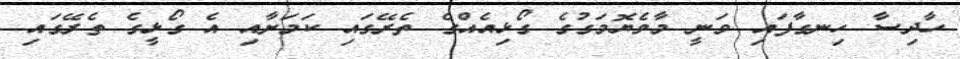
ހާދިސާ ހިނގާފައި ވަނީ މާވެޔޮމަގުގެ ގޯޅިއެއްގެ ތެރޭގައި ކަމަށާއި އެ ގޯޅީގެ ތެރޭގައި